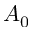
A _ { 0 }